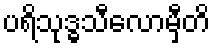
ပရိသုဒ္ဓသီလောမှီတိ